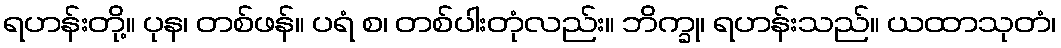
ရဟန်းတို့။ ပုန၊ တစ်ဖန်။ ပရံ စ၊ တစ်ပါးတုံလည်း။ ဘိက္ခု၊ ရဟန်းသည်။ ယထာသုတံ၊